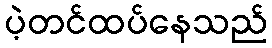
ပဲ့တင်ထပ်နေသည်